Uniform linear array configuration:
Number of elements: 24
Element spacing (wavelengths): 0.75
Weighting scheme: blackman
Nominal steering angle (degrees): -30
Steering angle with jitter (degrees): -28.524
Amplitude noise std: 0.05
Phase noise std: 0.05

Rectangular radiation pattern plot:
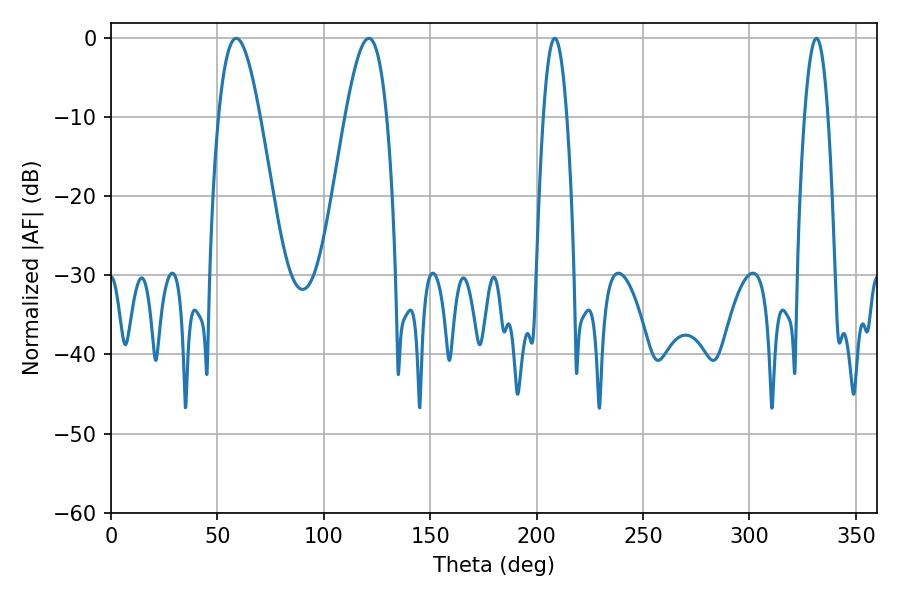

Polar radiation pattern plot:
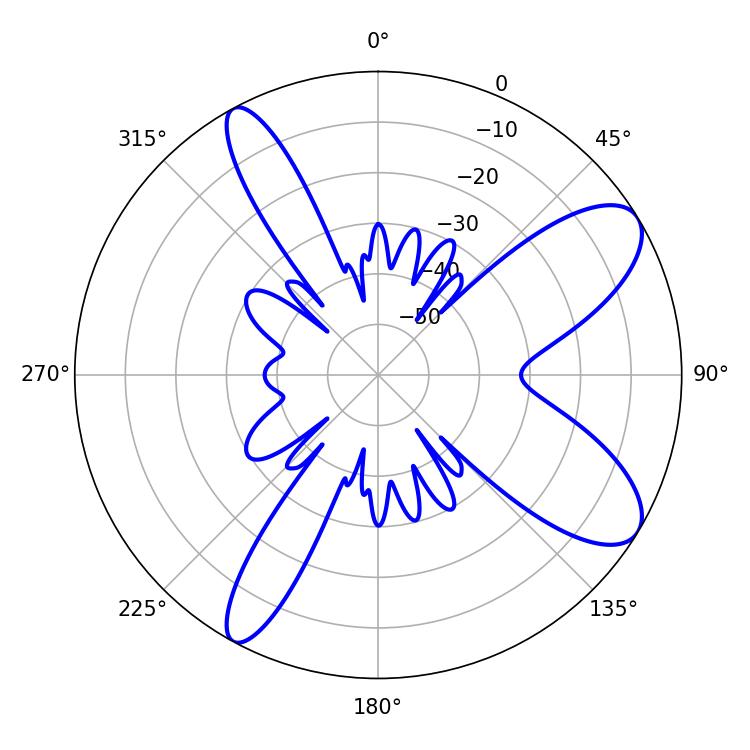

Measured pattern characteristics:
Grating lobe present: TRUE
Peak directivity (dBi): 9.283
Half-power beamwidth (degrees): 10.62
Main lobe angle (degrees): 58.86